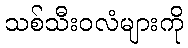
သစ်သီးဝလံများကို